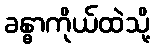
ခန္ဓာကိုယ်ထဲသို့